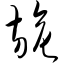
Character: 旎